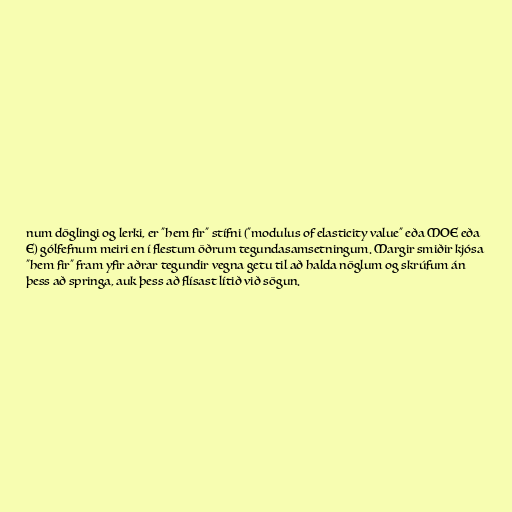
num döglingi og lerki, er "hem fir" stífni ("modulus of elasticity value" eða MOE eða
E) gólfefnum meiri en í flestum öðrum tegundasamsetningum. Margir smiðir kjósa
"hem fir" fram yfir aðrar tegundir vegna getu til að halda nöglum og skrúfum án
þess að springa, auk þess að flísast lítið við sögun.